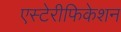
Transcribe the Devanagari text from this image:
एस्टेरीफिकेशन